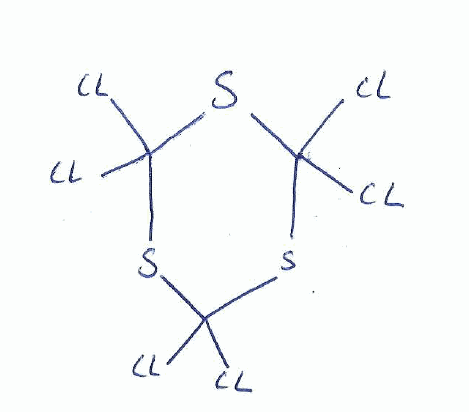
Simplified molecular-input line-entry system (SMILES) notation of the given molecule:
C=S1C(SC(SC1(Cl)Cl)(Cl)Cl)(Cl)Cl